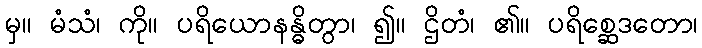
မှ။ မံသံ၊ ကို။ ပရိယောနန္ဓိတွာ၊ ၍။ ဌိတံ၊ ၏။ ပရိစ္ဆေဒတော၊